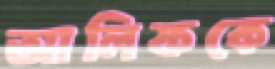
আলিফকে